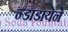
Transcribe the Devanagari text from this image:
न्डाडायेने